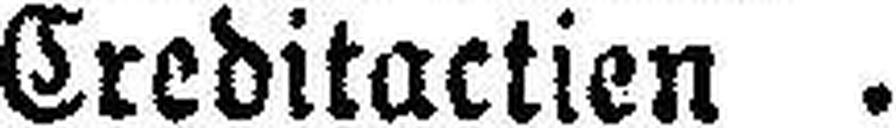
Creditactien